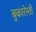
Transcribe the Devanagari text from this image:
बुकारेस्ती